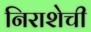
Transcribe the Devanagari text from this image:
निराशेची